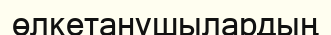
өлкетанушылардың